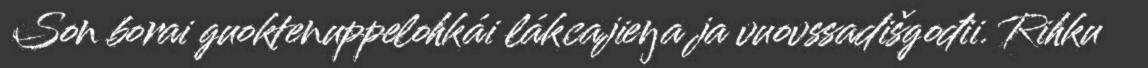
Son borai guoktenuppelohkái lákcajieŋa ja vuovssadišgođii. Rihku